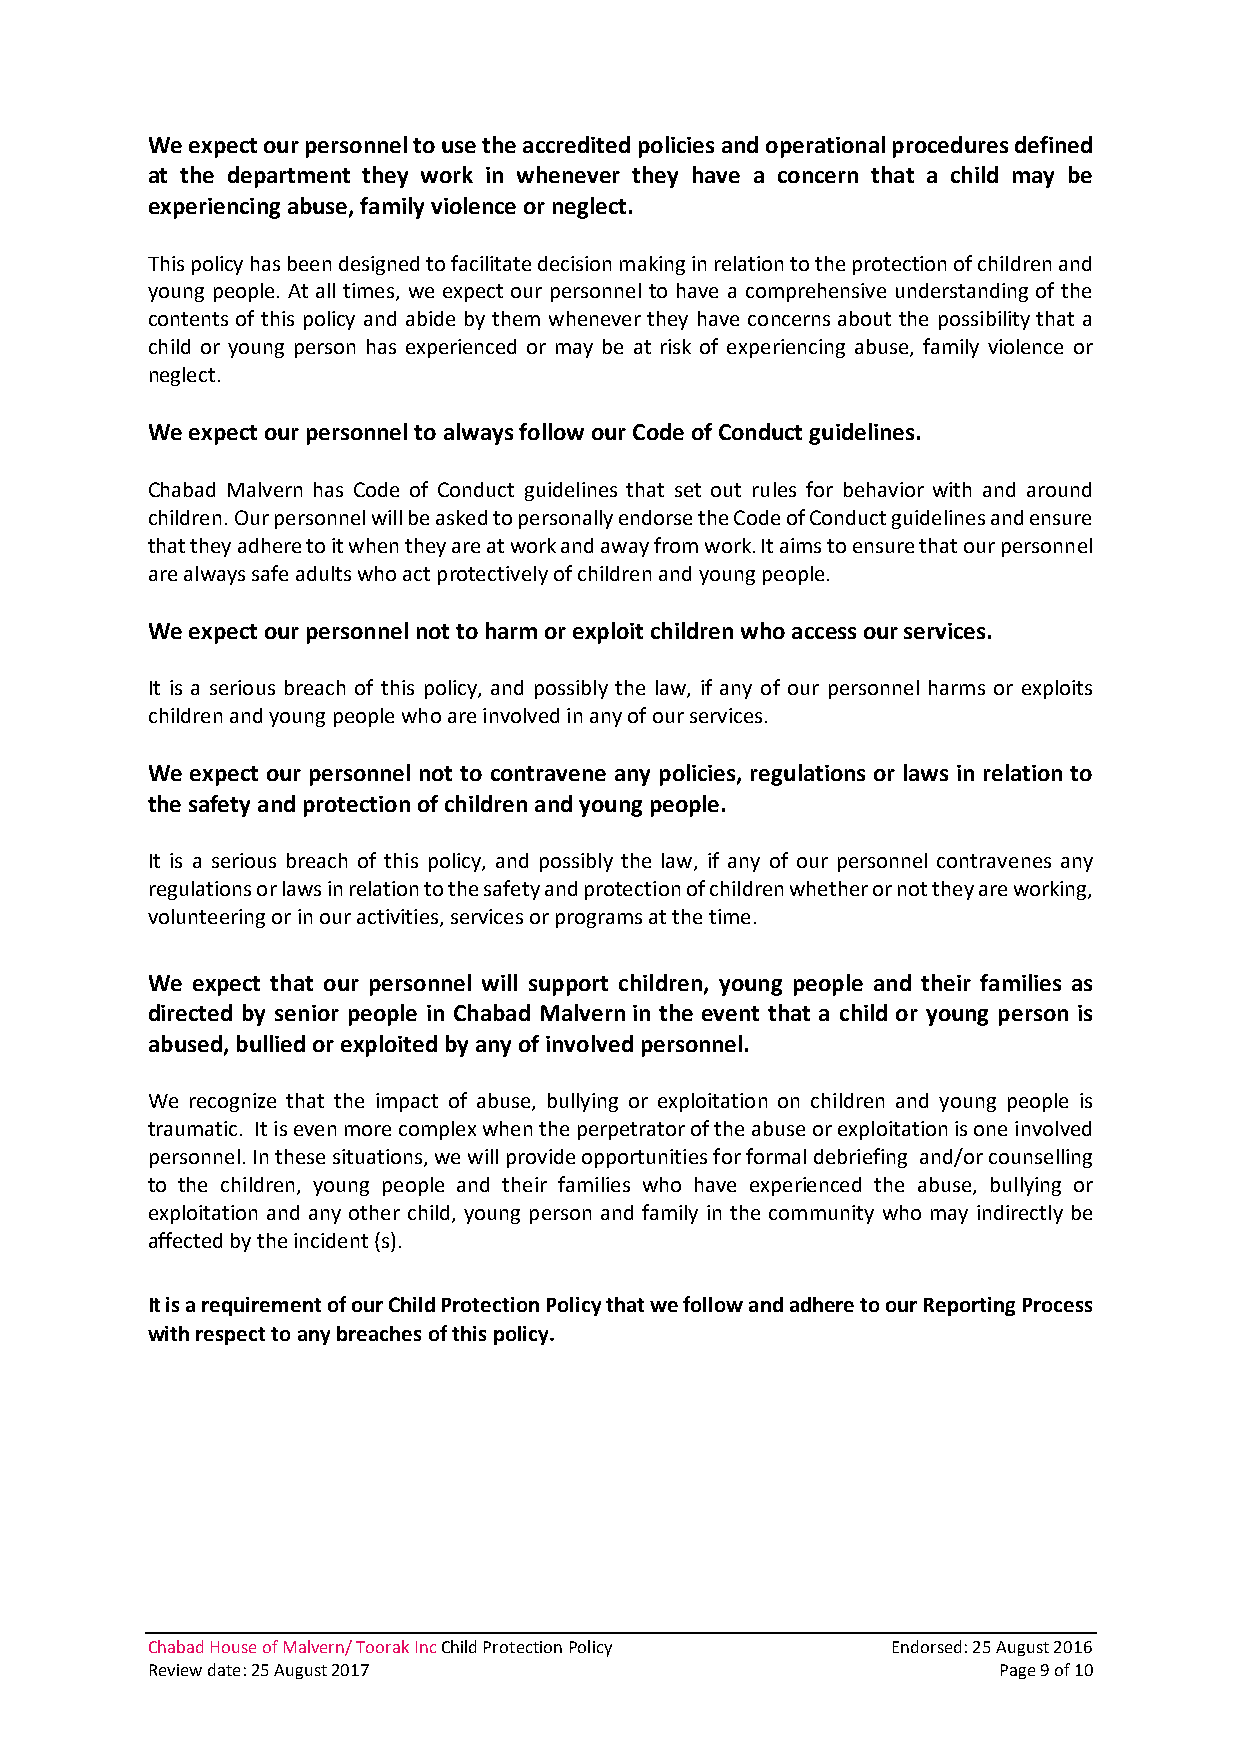
We expect our personnel to use the accredited policies and operational procedures defined
 at the department they work in whenever they have a concern that a child may be
 experiencing abuse, family violence or neglect.
 This policy has been designed to facilitate decision making in relation to the protection of children and
 young people. At all times, we expect our personnel to have a comprehensive understanding of the
 contents of this policy and abide by them whenever they have concerns about the possibility that a
 child or young person has experienced or may be at risk of experiencing abuse, family violence or
 neglect.
 We expect our personnel to always follow our Code of Conduct guidelines.
 Chabad Malvern has Code of Conduct guidelines that set out rules for behavior with and around
 children. Our personnel will be asked to personally endorse the Code of Conduct guidelines and ensure
 that they adhere to it when they are at work and away from work. It aims to ensure that our personnel
 are always safe adults who act protectively of children and young people.
 We expect our personnel not to harm or exploit children who access our services.
 It is a serious breach of this policy, and possibly the law, if any of our personnel harms or exploits
 children and young people who are involved in any of our services.
 We expect our personnel not to contravene any policies, regulations or laws in relation to
 the safety and protection of children and young people.
 It is a serious breach of this policy, and possibly the law, if any of our personnel contravenes any
 regulations or laws in relation to the safety and protection of children whether or not they are working,
 volunteering or in our activities, services or programs at the time.
 We expect that our personnel will support children, young people and their families as
 directed by senior people in Chabad Malvern in the event that a child or young person is
 abused, bullied or exploited by any of involved personnel.
 We recognize that the impact of abuse, bullying or exploitation on children and young people is
 traumatic. It is even more complex when the perpetrator of the abuse or exploitation is one involved
 personnel. In these situations, we will provide opportunities for formal debriefing and/or counselling
 to the children, young people and their families who have experienced the abuse, bullying or
 exploitation and any other child, young person and family in the community who may indirectly be
 affected by the incident (s).
 It is a requirement of our Child Protection Policy that we follow and adhere to our Reporting Process
 with respect to any breaches of this policy.
 Chabad House of Malvern/ Toorak Inc Child Protection Policy Endorsed: 25 August 2016
 Review date: 25 August 2017                             Page 9 of 10